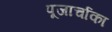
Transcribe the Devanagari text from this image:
पूजार्चाका